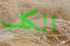
الكلب